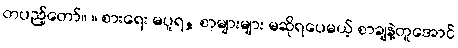
တပည့်တော်။ ။ စားရေး မပူရ, စာများများ မဆိုရပေမယ့် စာချနဲ့တူအောင်